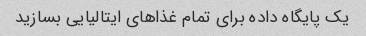
یک پایگاه داده برای تمام غذاهای ایتالیایی بسازید